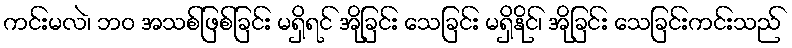
ကင်းမလဲ၊ ဘဝ အသစ်ဖြစ်ခြင်း မရှိရင် အိုခြင်း သေခြင်း မရှိနိုင်၊ အိုခြင်း သေခြင်းကင်းသည်